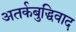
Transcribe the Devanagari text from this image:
अतर्कबुद्धिवाद